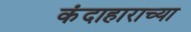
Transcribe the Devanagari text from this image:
कंदाहाराच्या